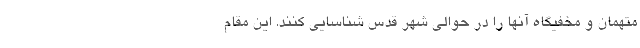
متهمان و مخفیگاه آنها را در حوالی شهر قدس شناسایی کنند. این مقام